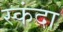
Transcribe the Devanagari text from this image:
स्कंदा